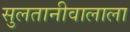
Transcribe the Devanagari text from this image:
सुलतानीवालाला